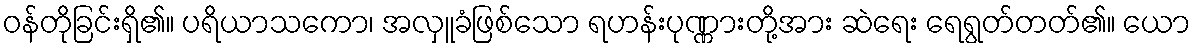
ဝန်တိုခြင်းရှိ၏။ ပရိယာသကော၊ အလှူခံဖြစ်သော ရဟန်းပုဏ္ဏားတို့အား ဆဲရေး ရေရွတ်တတ်၏။ ယော